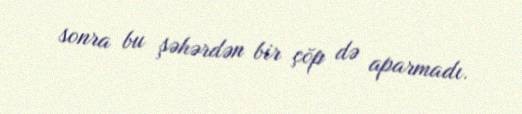
sonra bu şəhərdən bir çöp də aparmadı.